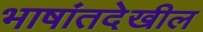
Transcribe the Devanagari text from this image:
भाषांतदेखील